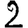
Digit: 2